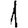
Digit: 1